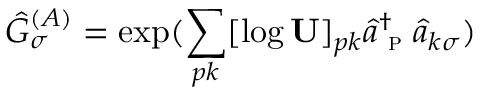
\hat { G } _ { \sigma } ^ { ( A ) } = \exp ( \sum _ { p k } [ \log \mathbf { U } ] _ { p k } \hat { a } _ { \textsc { p } } ^ { \dagger } \hat { a } _ { k \sigma } )